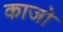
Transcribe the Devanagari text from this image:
काजो